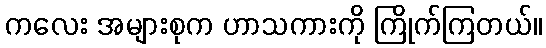
ကလေး အများစုက ဟာသကားကို ကြိုက်ကြတယ်။